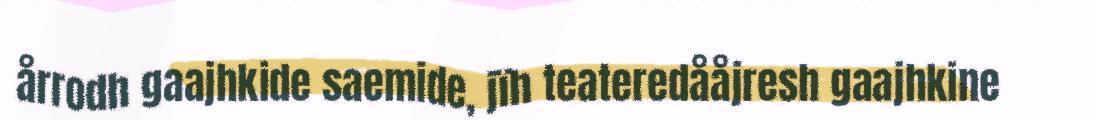
årrodh gaajhkide saemide, jïh teateredååjresh gaajhkine